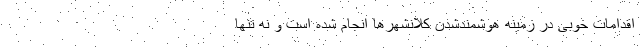
اقدامات خوبی در زمینه هوشمندشدن کلانشهرها انجام شده است و نه تنها